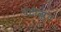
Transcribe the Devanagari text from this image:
घंटोत्प्लव